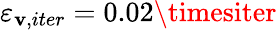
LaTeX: \varepsilon_{\mathbf{v},iter}=0.02\timesiter